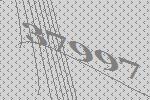
37997